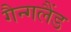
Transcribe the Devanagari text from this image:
गैन्गलैंड